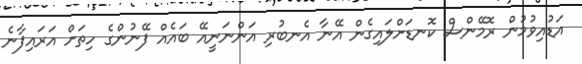
އަޑުއިވުމުން ރޮމޭންސް ކޮނޑަށްލައިގެން އޭނާ އެނބުރި އަންނަނީއޭ ބައެއް ފޭނުންގެ ހިތަށް އަރައިފާނެ